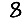
Digit: 8